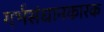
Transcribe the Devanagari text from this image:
गर्भसंधानकारक